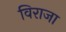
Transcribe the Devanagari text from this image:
विराजा